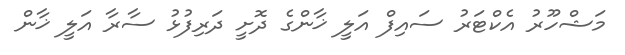
މަޝްހޫރު އެކްޓަރު ސައިފް އަލީ ޚާންގެ ދޮށީ ދަރިފުޅު ސާރާ އަލީ ޚާން